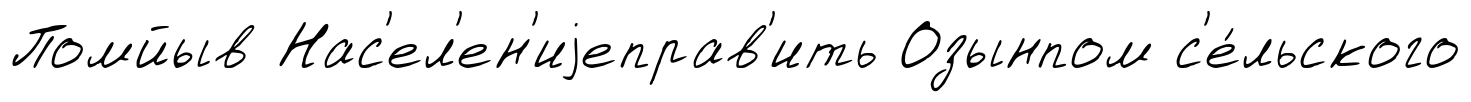
Помйыв Нас'ел'ен'иjеправ'ить Озынпом с'е́льского